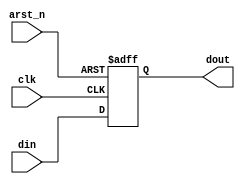
// Configurable register for variable width

module reg_arstn#(
parameter integer DATA_W     = 20,
parameter integer PRESET_VAL = 0
   )(
      input                  clk,
      input                  arst_n,
      input  [ DATA_W-1:0]   din,
      output [ DATA_W-1:0]   dout
);

reg [DATA_W-1:0] r,nxt;

always@(posedge clk, negedge arst_n)begin
   if(arst_n==0)begin
      r <= PRESET_VAL;
   end else begin
      r <= nxt;
   end
end

always@(*) begin
   nxt = din;
end

assign dout = r;

endmodule